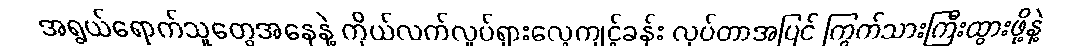
အရွယ်ရောက်သူတွေအနေနဲ့ ကိုယ်လက်လှုပ်ရှားလေ့ကျင့်ခန်း လုပ်တာအပြင် ကြွက်သားကြီးထွားဖို့နဲ့